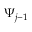
\boldsymbol { \Psi } _ { j - 1 }